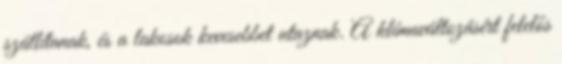
szállítanak, és a lakosok kevesebbet utaznak. A klímaváltozásért felelős